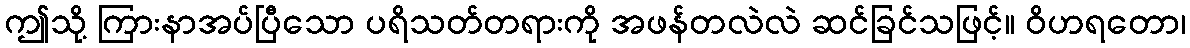
ဤသို့ ကြားနာအပ်ပြီသော ပရိသတ်တရားကို အဖန်တလဲလဲ ဆင်ခြင်သဖြင့်။ ဝိဟရတော၊